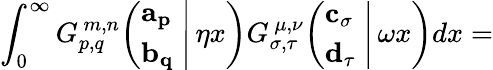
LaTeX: \int_{0}^{\infty}G_{p,q}^{\, m,n}\! \left(\left.{\begin{array}{l}{\mathbf{a_{p}}}\\ {\mathbf{b_{q}}}\end{array}}\; \right|\, \eta x\right)G_{\sigma,\tau}^{\, \mu,\nu}\! \left(\left.{\begin{array}{l}{\mathbf{c_{\sigma}}}\\ {\mathbf{d_{\tau}}}\end{array}}\; \right|\, \omega x\right)dx=